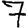
Digit: 7